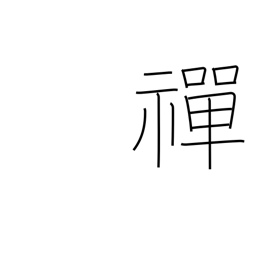
Meaning: Zen Buddhism